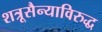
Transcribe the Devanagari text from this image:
शत्रूसैन्याविरुद्ध